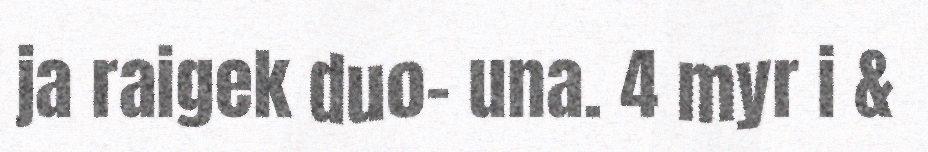
ja raigek duo- una. 4 myr i &